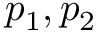
p _ { 1 } , p _ { 2 }